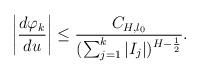
LaTeX: \begin{align*}\left|\frac{d\varphi_{k}}{du}\right|\leq\frac{C_{H,l_{0}}}{(\sum_{j=1}^k|I_{j}|)^{H-\frac{1}{2}}}.\end{align*}